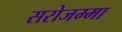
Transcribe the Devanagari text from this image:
सरोजम्मा